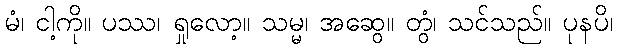
မံ၊ ငါ့ကို။ ပဿ၊ ရှုလော့။ သမ္မ၊ အဆွေ။ တွံ၊ သင်သည်။ ပုနပိ၊